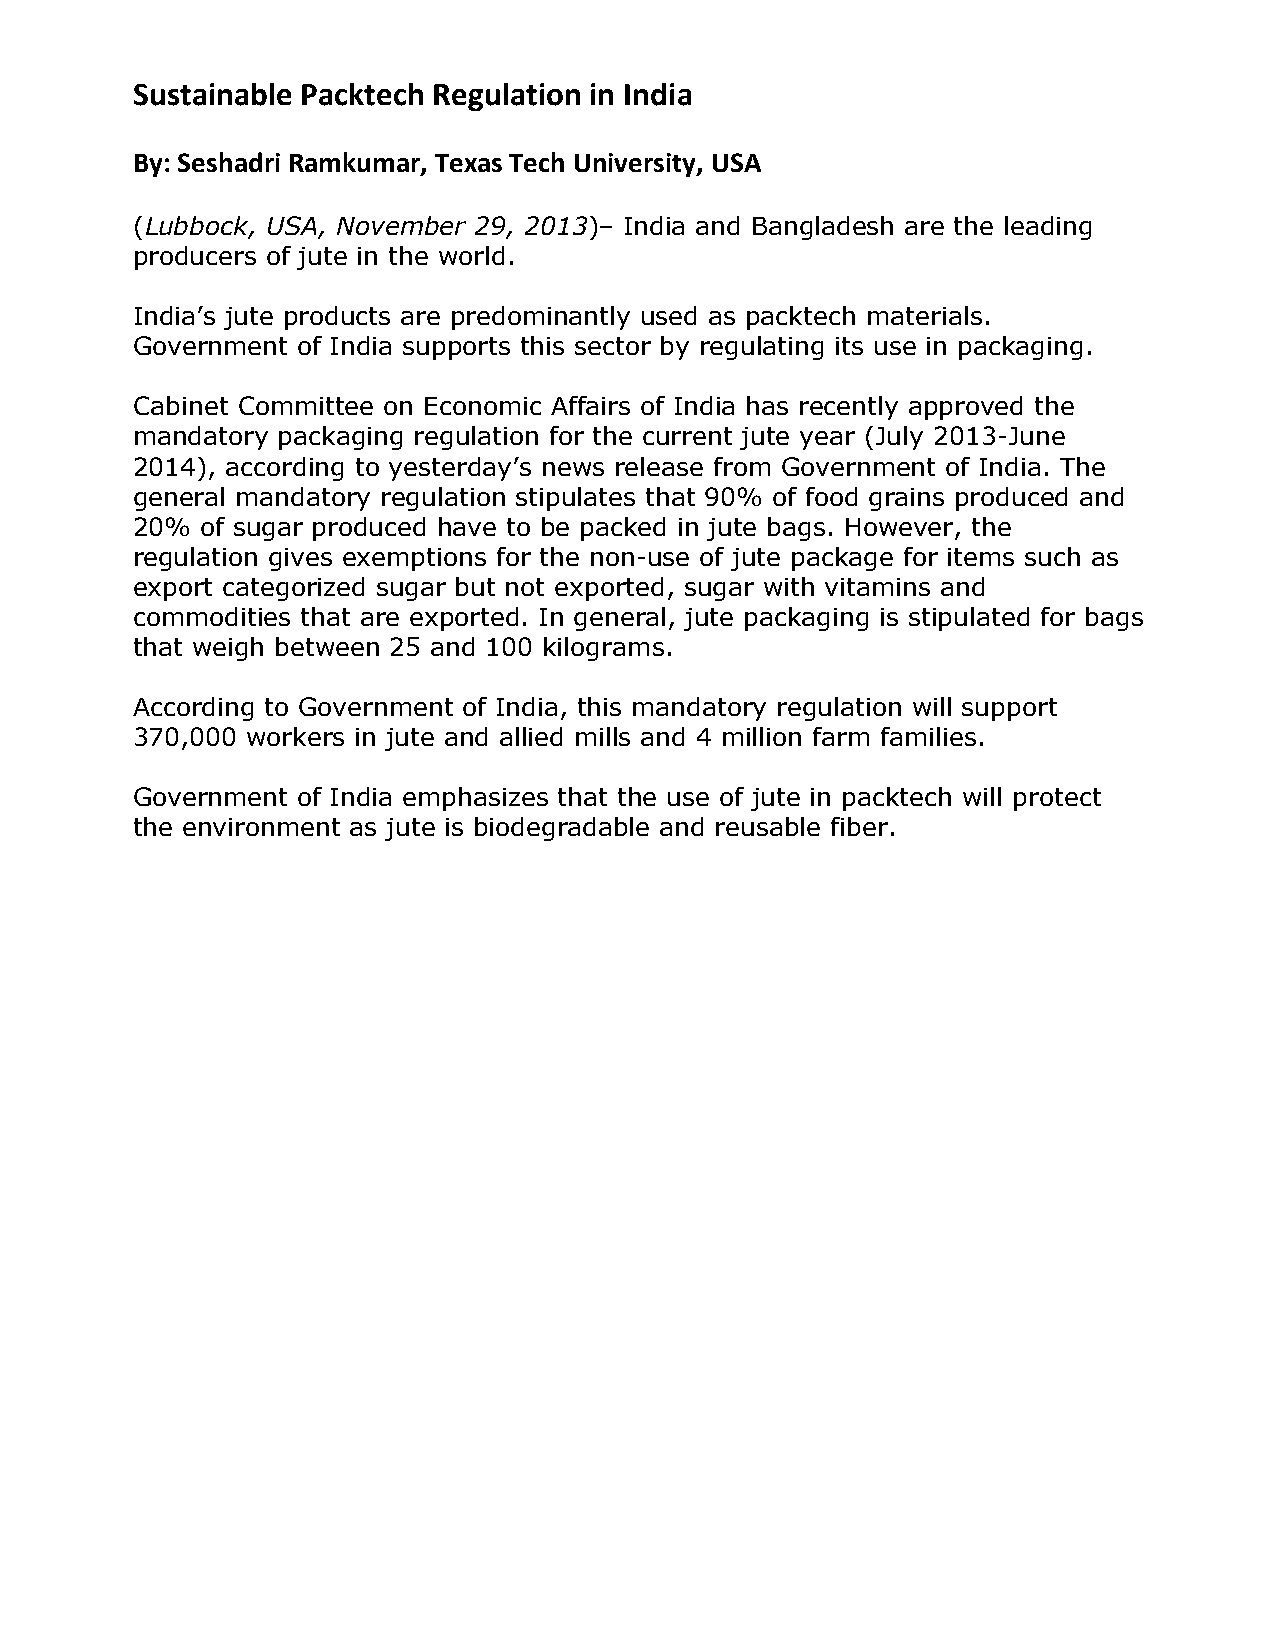
Sustainable Packtech Regulation in India
 By: Seshadri Ramkumar, Texas Tech University, USA
 (Lubbock, USA, November 29, 2013)– India and Bangladesh are the leading
 producers of jute in the world.
 India’s jute products are predominantly used as packtech materials.
 Government of India supports this sector by regulating its use in packaging.
 Cabinet Committee on Economic Affairs of India has recently approved the
 mandatory packaging regulation for the current jute year (July 2013-June
 2014), according to yesterday’s news release from Government of India. The
 general mandatory regulation stipulates that 90% of food grains produced and
 20% of sugar produced have to be packed in jute bags. However, the
 regulation gives exemptions for the non-use of jute package for items such as
 export categorized sugar but not exported, sugar with vitamins and
 commodities that are exported. In general, jute packaging is stipulated for bags
 that weigh between 25 and 100 kilograms.
 According to Government of India, this mandatory regulation will support
 370,000 workers in jute and allied mills and 4 million farm families.
 Government of India emphasizes that the use of jute in packtech will protect
 the environment as jute is biodegradable and reusable fiber.